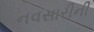
નવસારીની